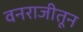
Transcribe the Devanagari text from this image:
वनराजीतून